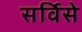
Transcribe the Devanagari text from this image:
सर्विसे